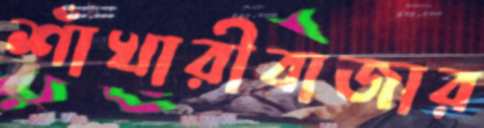
শাঁখারীবাজার